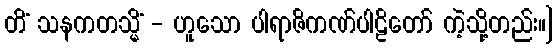
တိံ သနကတသ္မိံ - ဟူသော ပါရာဇိကဏ်ပါဠိတော် ကဲ့သို့တည်း။]